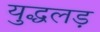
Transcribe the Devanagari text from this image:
युद्धलड़